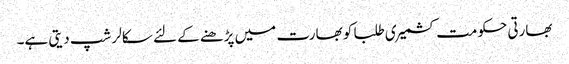
بھارتی حکومت کشمیری طلبا کو بھارت میں پڑھنے کے لئے سکالر شپ دیتی ہے۔